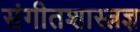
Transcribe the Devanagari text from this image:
संगीतशास्त्रज्ञ